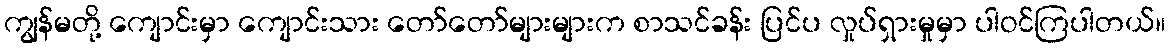
ကျွန်မတို့ ကျောင်းမှာ ကျောင်းသား တော်တော်များများက စာသင်ခန်း ပြင်ပ လှုပ်ရှားမှုမှာ ပါဝင်ကြပါတယ်။